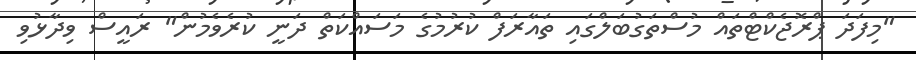
"މިފަދަ ޕްރޮޖެކްޓްތައް މުސްތަގުބަލްގައި ތައާރަފް ކުރުމުގެ މަސައްކަތް ދަނީ ކުރެވެމުން" ރައީސް ވިދާޅުވި